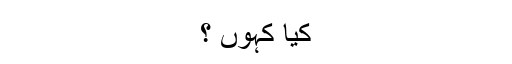
کیا کہوں ؟